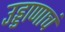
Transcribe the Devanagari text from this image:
उड्डाणाचं